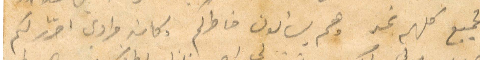
لجميع كلهم بخير وهم يسألون خاطركم وكان مرادي احرّر لكم